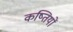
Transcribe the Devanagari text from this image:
कष्तियों